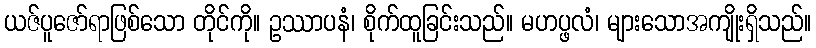
ယဇ်ပူဇော်ရာဖြစ်သော တိုင်ကို။ ဥဿာပနံ၊ စိုက်ထူခြင်းသည်။ မဟပ္ဖလံ၊ များသောအကျိုးရှိသည်။